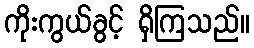
ကိုးကွယ်ခွင့် ရှိကြသည်။